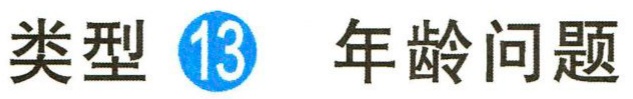
类型 \textcircled{13} 年龄问题